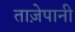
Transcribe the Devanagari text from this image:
ताज़ेपानी